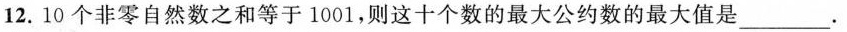
12.10个非零自然数之和等于1001，则这十个数的最大公约数的最大值是___.